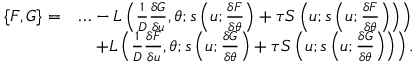
\begin{array} { r l } { \{ F , G \} = } & { \ldots - L \left( \frac { 1 } { D } \frac { \delta G } { \delta u } , \theta ; s \left( u ; \frac { \delta F } { \delta \theta } \right) + \tau S \left( u ; s \left( u ; \frac { \delta F } { \delta \theta } \right) \right) \right) } \\ & { \quad + L \left( \frac { 1 } { D } \frac { \delta F } { \delta u } , \theta ; s \left( u ; \frac { \delta G } { \delta \theta } \right) + \tau S \left( u ; s \left( u ; \frac { \delta G } { \delta \theta } \right) \right) \right) . } \end{array}